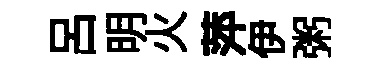
吕明火萍伊粥